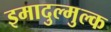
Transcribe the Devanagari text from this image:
इमादुल्मुल्क